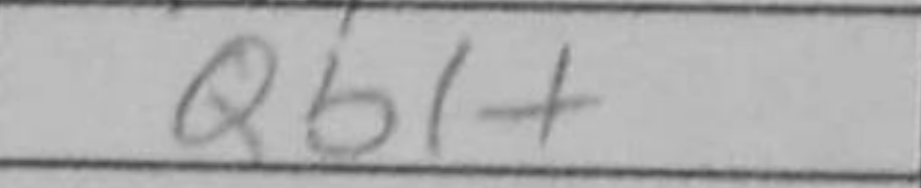
Transcription: Qb1+